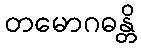
တမောဂဓန္တိ